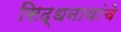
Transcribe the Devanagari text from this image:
सिद्धनाथांचे